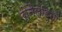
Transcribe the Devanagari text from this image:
रोनैल्डिनो